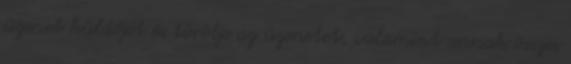
üzenet küldőjét és törölje az üzenetet, valamint annak összes